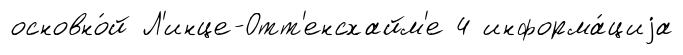
основно́й Л'инце-Отт'енсхайм'е 4 информа́циjа